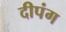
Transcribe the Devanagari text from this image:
दीपंग